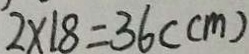
2 \times 1 8 = 3 6 ( c m )